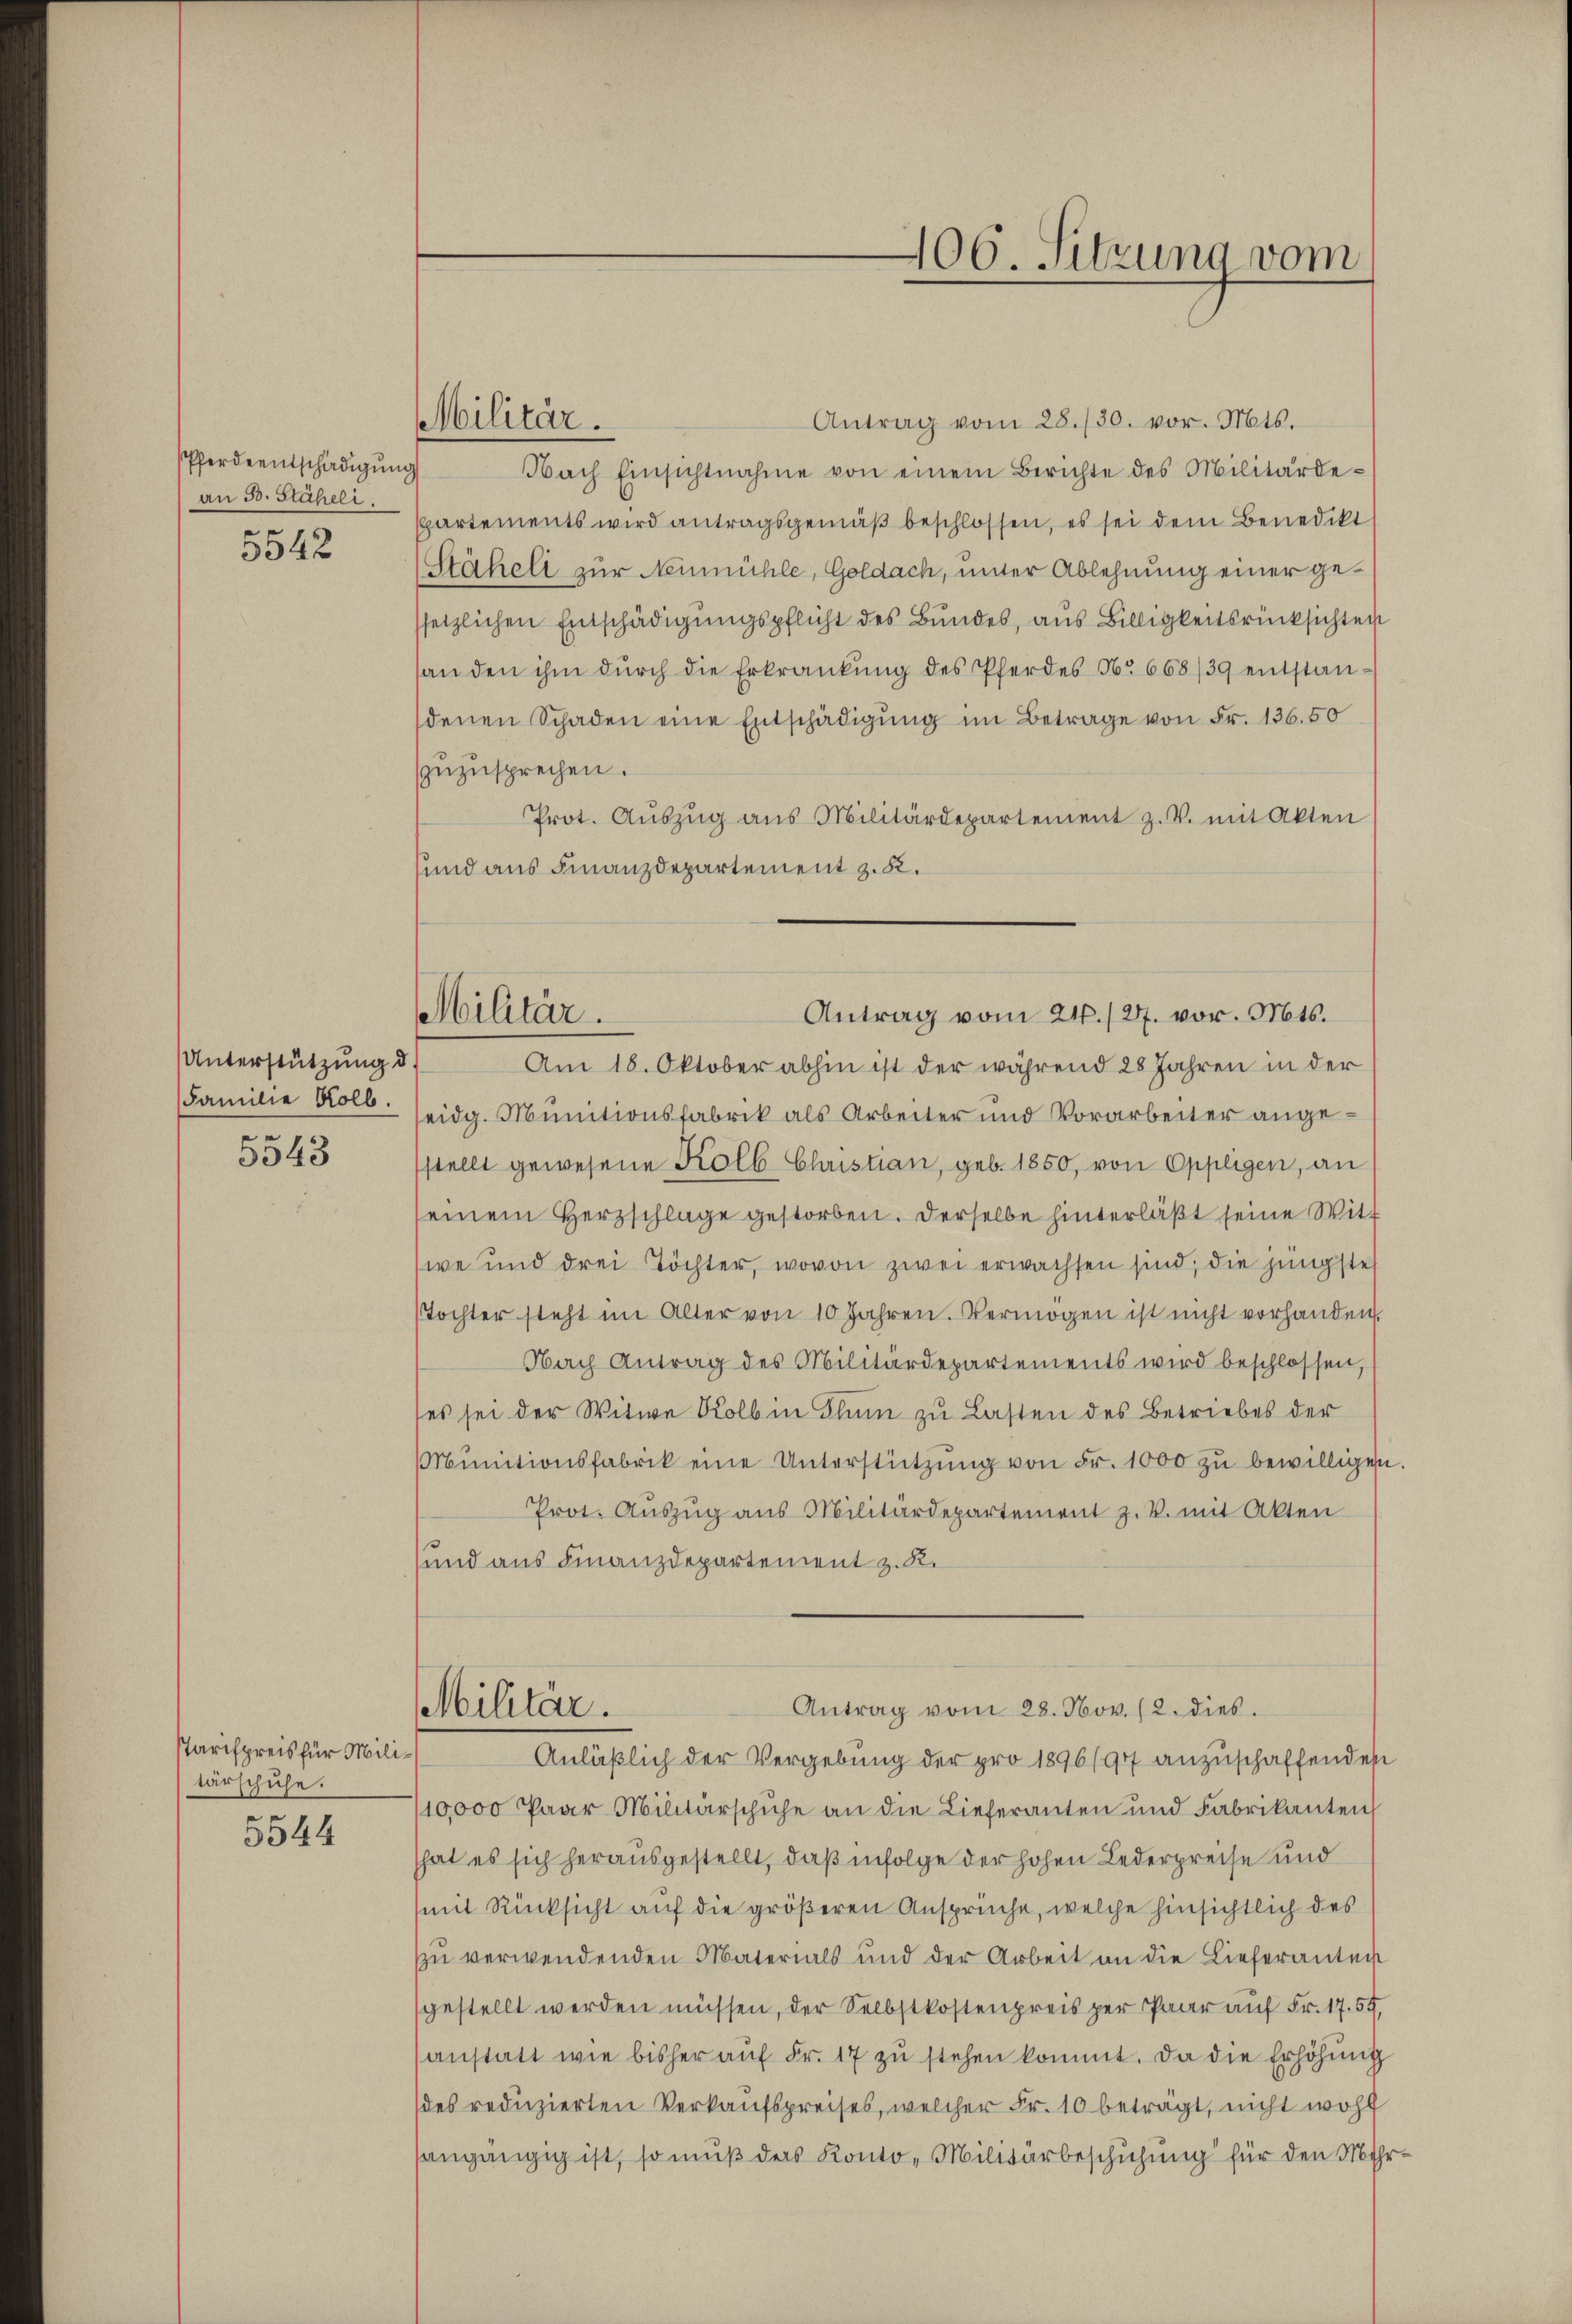
Pferdentschädigung
an 30. Stäheli
.
5342

Unterstützung d.
Familie Kolb.
e

5343

Parispreis für Militärschuhe.
—
5544

Militär.

406. Sitzung vom

Militär.
Antrag vom 24. 127. vor. Mts.
Am 18. Oktober abhin ist der während 28 Jahren in der

Antrag vom 28./30. vor. Mts.
Nach Einsichtnahme von einem Berichte des Militärdespartements wird antragsgemäß beschlossen, es sei dem Benedikt
Stäheli zur Neumühle, Goldach, unter Ablehnung einer gessetzlichen Entschädigungspflicht des Bundes, aus Billigkeitsrücksichten
handen ihm dŭrch die Erkrankŭng des Pferdes No 668/39 entstandenen Schaden eine Entschädigŭng im Betrage von Fr. 136.50
zuzusprechen.
Prot. Aŭszŭg ans Militärdepartement z. V. mit Akten
sund aus Finanzdepartement z. K.
eidg. Munitionsfabrik als Arbeiter und Vorarbeiter angestellt gewesene Kolb Christian, geb. 1850, von Oppligen, an
seinem Herzschlage gestorben. Derselbe hinterläßt seine Witwe und drei Töchter, wovon zwei erwachsen sind, die jüngste
Tochter steht im Alter von 10 Jahren. Vermögen ist nicht vorhanden.
Nach Antrag des Militärdepartements wird beschlossen,
(es sei der Witwe Kolb in Klum zu Lasten des Betriebes der
ŭnitionsfabrik eine Unterstützŭng von Fr. 1000 zŭ bewilligen
Prot. Aŭszŭg ans Militärdepartement z. V. mit Akten
sund aus Finanzdepartement z. R.
Antrag vom 28. Nov. 12. dies
Militär.
Anläßlich der Vergebung der pro 1896/94 anzuschaffenden
110,000 Paar Militärschuhe an die Lieferanten und Fabrikanten,
hat es sich herausgestellt, daß infolge der hohen Lederpreise und
(mit Rücksicht auf die größeren Ansprüche, welche hinsichtlich des
zu verwendenden Materials und der Arbeit an die Lieferantei
gestellt werden müssen, der Selbstkostenpreis per Paar auf Fr. 17. 55,
anstatt wie bisher aŭf Fr. 17 zŭ stehen kommt. Da die Erhöhŭng
des reduzierten Verkaufspreises, welcher Fr. 10 beträgt, nicht wohl
sangängig ist, so muß des Konto-Militärbeschichung für den Meh

.